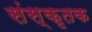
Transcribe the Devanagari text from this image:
संस्कृतक